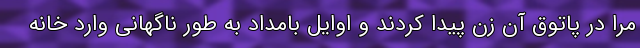
مرا در پاتوق آن زن پیدا کردند و اوایل بامداد به طور ناگهانی وارد خانه